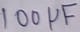
Text: 100µF